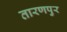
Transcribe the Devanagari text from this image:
तारणपुर